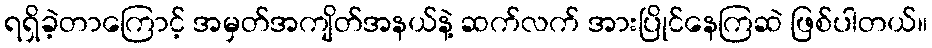
ရရှိခဲ့တာကြောင့် အမှတ်အကျိတ်အနယ်နဲ့ ဆက်လက် အားပြိုင်နေကြဆဲ ဖြစ်ပါတယ်။